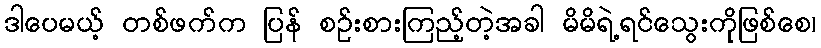
ဒါပေမယ့် တစ်ဖက်က ပြန် စဉ်းစားကြည့်တဲ့အခါ မိမိရဲ့ရင်သွေးကိုဖြစ်စေ၊